Calcutta medical institutions reports 1871-78
Year: 1871
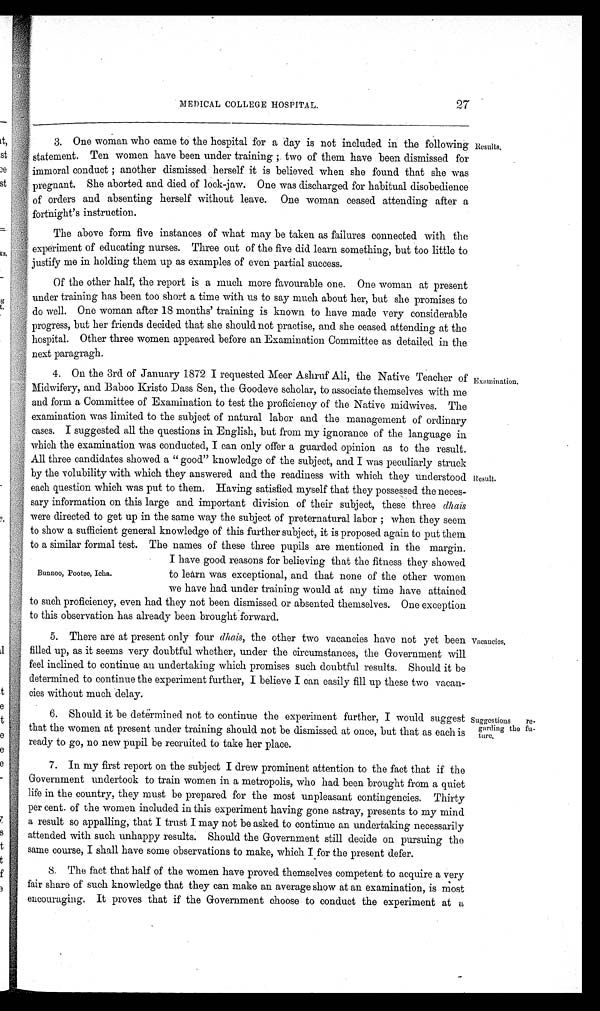
27
MEDICAL COLLEGE HOSPITAL.
3. One woman who came to the hospital for a day is not included in the following
statement. Ten women have been under training ; two of them have been dismissed for
immoral conduct ; another dismissed herself it is believed when she found that she was
pregnant. She aborted and died of lock-jaw. One was discharged for habitual disobedience
of orders and absenting herself without leave. One woman ceased attending after a
fortnight 's instruction.
The above form five instances of what may be taken as failures connected with the
experiment of educating nurses. Three out of the five did learn something, but too little to
justify me in holding them up as examples of even partial success.
Of the other half, the report is a much more favourable one. One woman at present
under training has been too short a time with us to say much about her, but she promises to
do well. One woman after 18 months' training is known to have made very considerable
progress, but her friends decided that she should not practise, and she ceased attending at the
: hospital. Other three women appeared before an Examination Committee as detailed in the
next paragragh.
4. On the 3rd of January 1872 I requested Meer Ashruf Ali, the Native Teacher of
Midwifery, and Baboo Kristo Dass Sen, the Goodeve scholar, to associate themselves with me
and form a Committee of Examination to test the proficiency of the Native midwives. The
examination was limited to the subject of natural labor and the management of ordinary
cases. I suggested all the questions in English, but from my ignorance of the language in
which the examination was conducted, I can only offer a guarded opinion as to the result.
All three candidates showed a " good" knowledge of the subject, and I was peculiarly struck
by the volubility with which they answered and the readiness with which they understood
each question which was put to them. Having satisfied myself that they possessed the neces-
sary information on this large and important division of their subject, these three dhais
were directed to get up in the same way the subject of preternatural labor ; when they seem
to show a sufficient general knowledge of this further subject, it is proposed again to put them
to a similar formal test. The names of these three pupils are mentioned in the margin.
Results.
Examination.
Result.
Bunnoo, Pootee, Icha.
I have good reasons for believing that the fitness they showed
to learn was exceptional, and that none of the other women
we have had under training would at any time have attained
to such proficiency, even had they not been dismissed or absented themselves. One exception
to this observation has already been brought forward.
5. There are at present only four dhais, the other two vacancies have not yet been
filled up, as it seems very doubtful whether, under the circumstances, the Government will
feel inclined to continue an undertaking which promises such doubtful results. Should it be
determined to continue the experiment further, I believe I can easily fill up these two vacan-
cies without much delay.
6. Should it be determined not to continue the experiment further, I would suggest
that the women at present under training should not be dismissed at once, but that as each is
ready to go, no new pupil be recruited to take her place.
7. In my first report on the subject I drew prominent attention to the fact that if the
Government undertook to train women in a metropolis, who had been brought from a quiet
life in the country, they must be prepared for the most unpleasant contingencies. Thirty
per cent. of the women included in this experiment having gone astray, presents to my mind
a result so appalling, that I trust I may not be asked to continue an undertaking necessarily
attended with such unhappy results. Should the Government still decide on pursuing the
same course, I shall have some observations to make, which I for the present defer.
8. The fact that half of the women have proved themselves competent to acquire a very
fair share of such knowledge that they can make an average show at an examination, is most
encouraging. It proves that if the Government choose to conduct the experiment at a
Vacancies.
Suggestions re-
garding the fu-
ture.